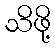
သိဖို့